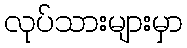
လုပ်သားများမှာ